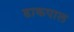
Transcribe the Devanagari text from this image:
डाकपाल